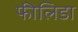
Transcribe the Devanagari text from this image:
फीलिडा